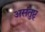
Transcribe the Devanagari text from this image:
असंतुष्ट्